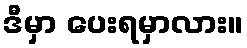
ဒီမှာ ပေးရမှာလား။